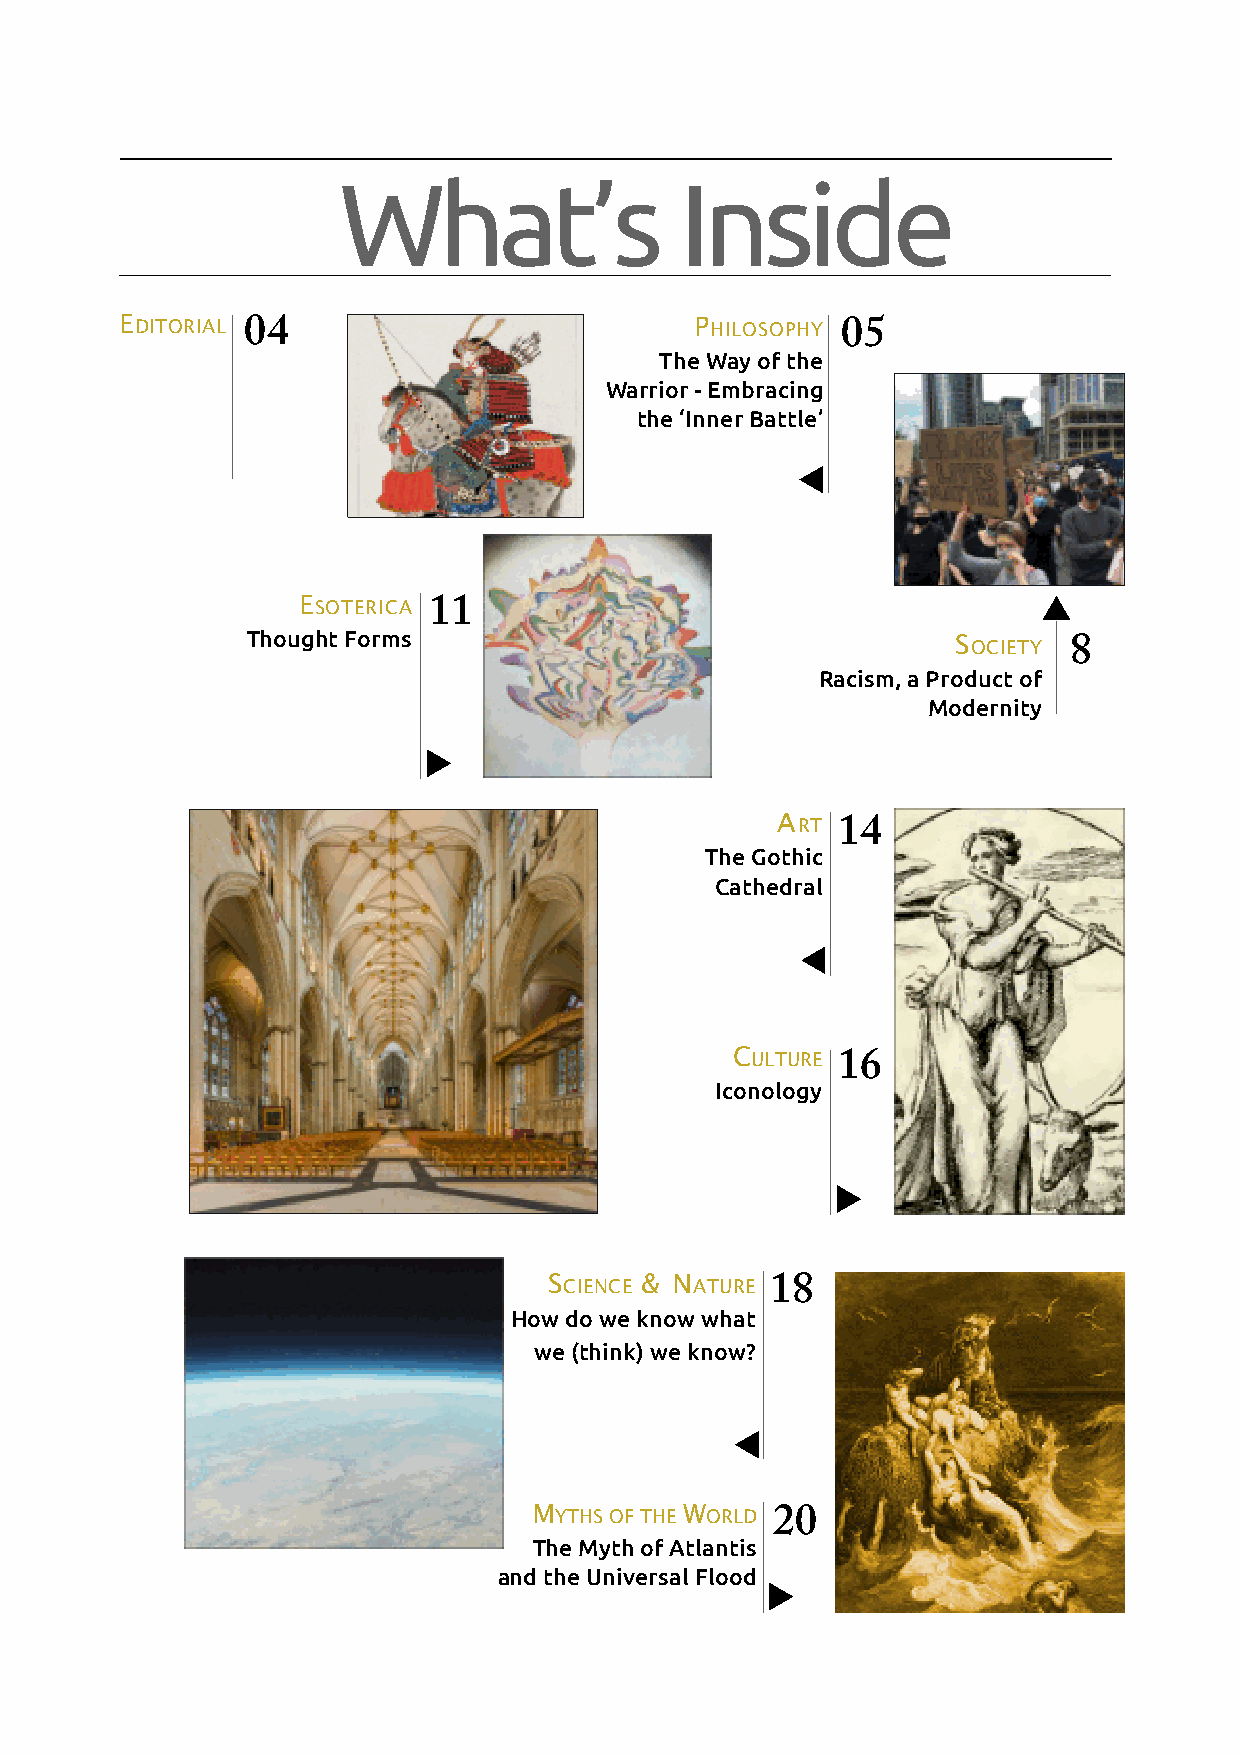
What’s                 Inside
 E DITORIAL 04                         P HILOSOPHY 05
 TheWayofthe
 Warrior-Embracing
 the‘InnerBattle’
 E       11
 SOTERICA
 ThoughtForms                                   S       8
 OCIETY
 Racism,aProductof
 Modernity
 A RT 14
 TheGothic
 Cathedral
 C ULTURE 16
 Iconology
 S     & N      18
 CIENCE   ATURE
 Howdoweknowwhat
 we(think)weknow?
 M YTHSOFTHEW ORLD 20
 TheMythofAtlantis
 andtheUniversalFlood